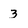
Character: 3